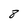
Character: 8